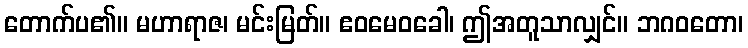
တောက်ပ၏။ မဟာရာဇ၊ မင်းမြတ်။ ဧဝမေဝခေါ၊ ဤအတူသာလျှင်။ ဘဂဝတော၊